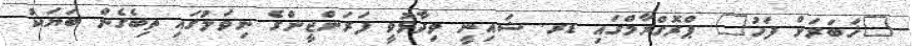
"ޚަބަރަށް ފަހު" ޕްރޮގްރާމްގައި ޑރ. ޝައިނީ ވިދާޅުވީ ފަރަންޖީންގެ ނިވަލުގައި ތިބެގެން ބަޔަކު